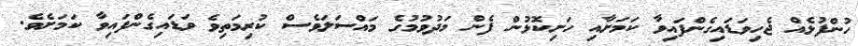
ހުންފުޅެއް ޖެހިވަޑައިގެންފައިވާ ކަމަށާއި ހަށިކޮޅުން ފެން މަދުވުމުގެ މައްސަލަވެސް ކުރިމަތިވެ ވަޑައިގެންފައިވާ ކަމަށެވެ.